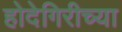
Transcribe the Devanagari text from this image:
होदेगिरीच्या